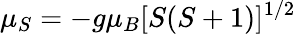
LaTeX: \mu_{S}=-g\mu_{B}[S(S+1)]^{1/2}